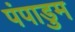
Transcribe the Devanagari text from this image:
पंपाडुम